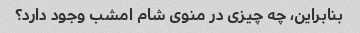
بنابراین، چه چیزی در منوی شام امشب وجود دارد؟